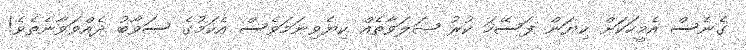
ގެނެސް އެމީހަކަށް ކިޔަން ފަސޭހަ ކުރު ޞަލަވާތެއް ކިޔެވިނަމަވެސް އެކަމުގެ ސަވާބު ދެއްވަވާނެތެވެ!